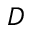
D